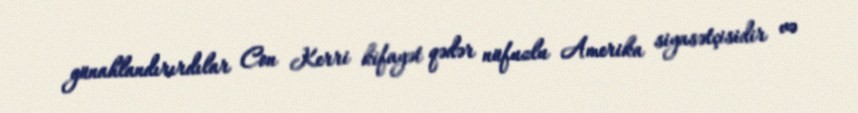
günahlandırırdılar Con Kerri kifayət qədər nüfuzlu Amerika siyasətçisidir və